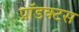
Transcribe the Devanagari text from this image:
प्रॉडक्टस